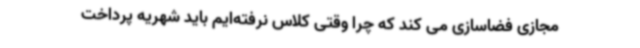
مجازی فضاسازی می کند که چرا وقتی کلاس نرفته‌ایم باید شهریه پرداخت